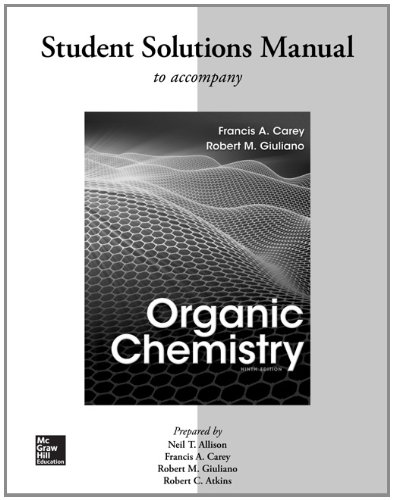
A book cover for Solutions Manual for Organic Chemistry; Francis Carey; Science & Math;